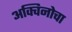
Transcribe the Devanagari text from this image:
अक्विनोचा